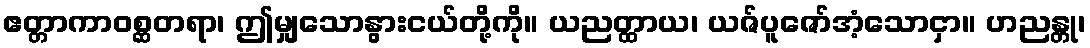
ဧတ္တာကာဝစ္ဆတရာ၊ ဤမျှသောနွားငယ်တို့ကို။ ယညတ္ထာယ၊ ယဇ်ပူဇော်အံ့သောငှာ။ ဟညန္တု၊